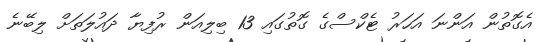
އެގޮތުން އަންނަ އަހަރު ޓެކްސްގެ ގޮތުގައި 13 ބިލިއަން ރުފިޔާ ދައުލަތަށް ލިބޭނެ